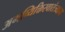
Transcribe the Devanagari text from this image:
अभव्यिक्तिस्वातंत्र्याचा